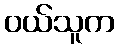
ဝယ်သူက